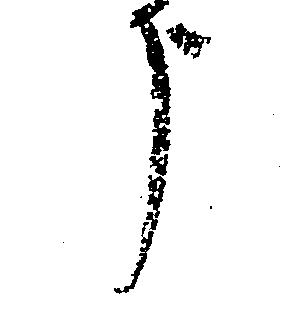
う